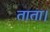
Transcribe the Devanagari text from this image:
ताता।